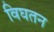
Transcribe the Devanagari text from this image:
विघतन